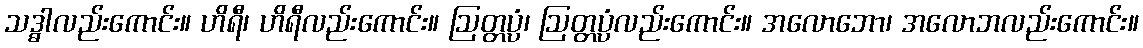
သဒ္ဓါလည်းကောင်း။ ဟိရီ၊ ဟိရီလည်းကောင်း။ ဩတ္တပ္ပံ၊ ဩတ္တပ္ပံလည်းကောင်း။ အလောဘော၊ အလောဘလည်းကောင်း။